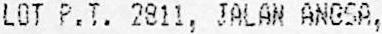
LOT P.T. 2811, JALAN ANGSA,